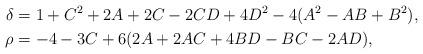
LaTeX: \begin{align*}\delta & =1+C^2+2A+2C-2CD+4D^2-4(A^2-AB+B^2),\\\rho & = -4-3C+6(2A+2AC+4BD-BC-2AD),\end{align*}